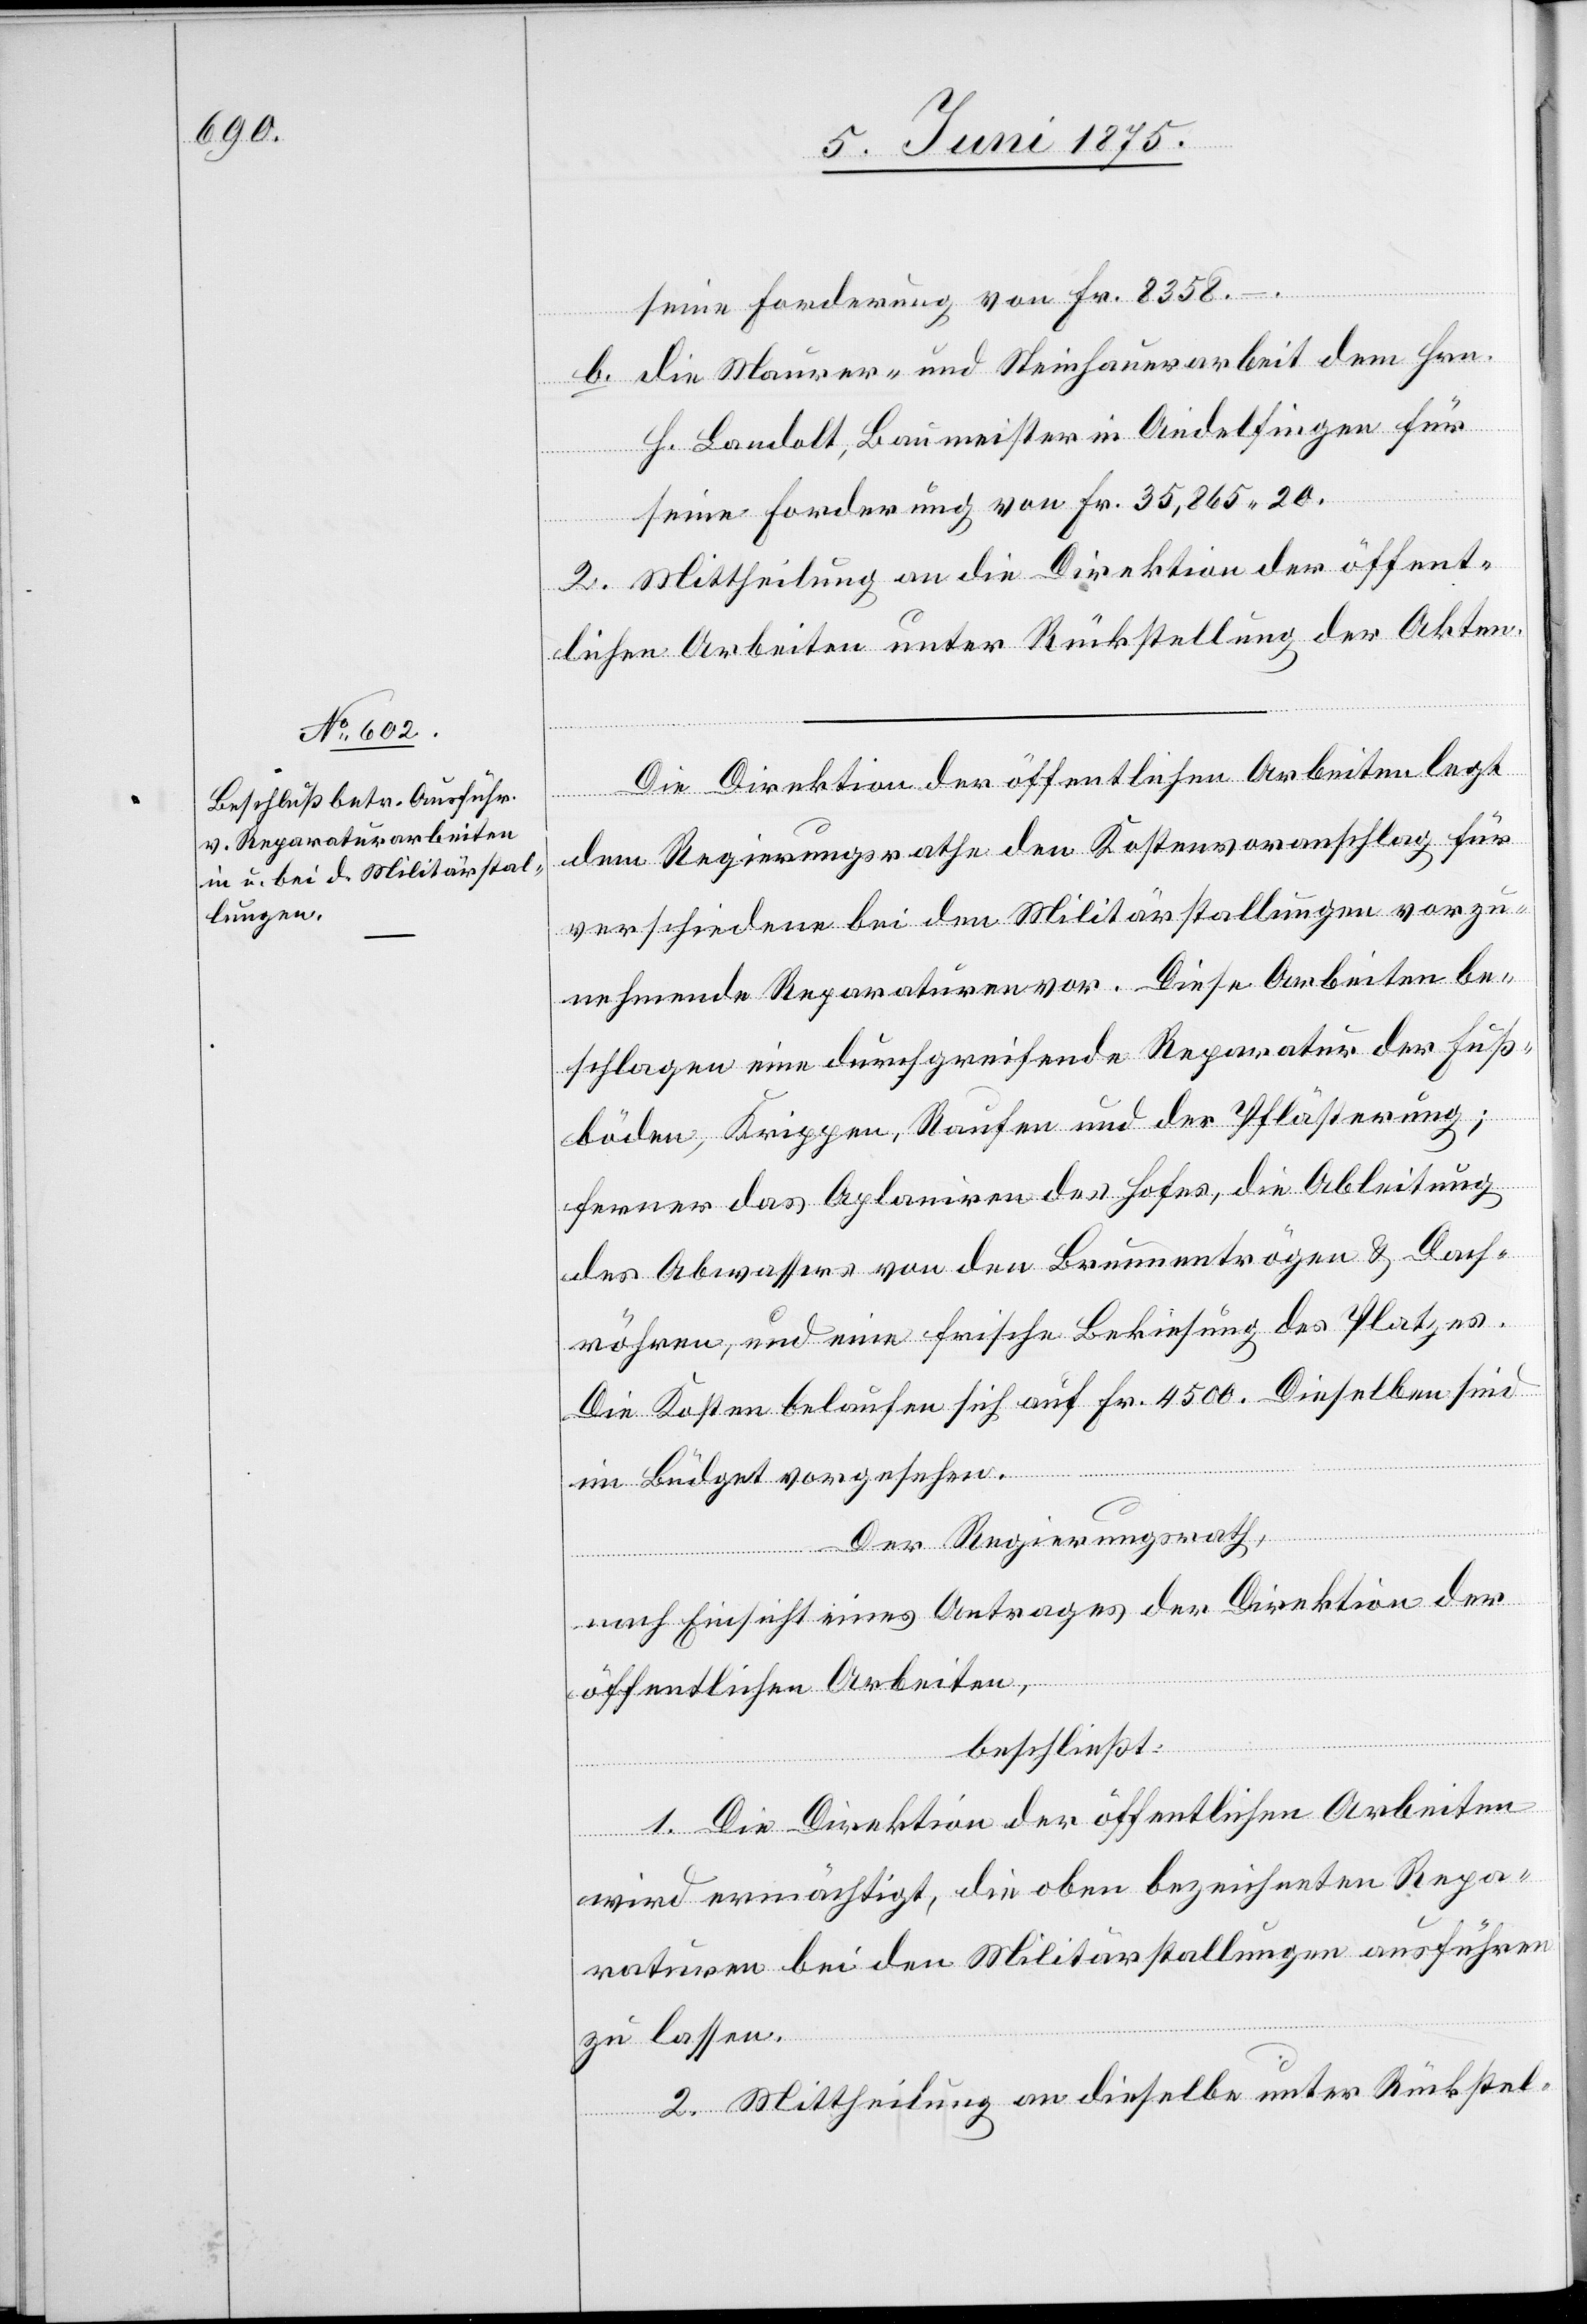
seine Forderung von Fr. 8358 –.
b. die Maurer- und Steinhauerarbeit dem Hrn.
H. Landolt, Baumeister in Andelfingen für
seine Forderung von Fr. 35,865 20.
2. Mittheilung an die Direktion der öffent¬
lichen Arbeiten unter Rückstellung der Akten.
Die Direktion der öffentlichen Arbeiten legt
dem Regierungsrathe den Kostenvoranschlag für
verschiedene bei den Militärstallungen vorzu¬
nehmende Reparaturen vor. Diese Arbeiten be¬
schlagen eine durchgreifende Reparatur der Fuß¬
böden, Krippen, Rauhen und der Pflästerung;
ferner das Aplaniren des Hofes, die Ableitung
des Abwassers von den Brunnentrögen & Dach¬
röhren, und eine frische Bekiesung des Platzes.
Die Kosten belaufen sich auf Fr. 4500. Dieselben sind
im Büdget vorgesehen.
Der Regierungsrath,
nach Einsicht eines Antrages der Direktion der
öffentlichen Arbeiten,
beschließt:
1. Die Direktion der öffentlichen Arbeiten
wird ermächtigt, die oben bezeichneten Repa¬
raturen bei den Militärstallungen ausführen
zu lassen.
2. Mittheilung an dieselbe unter Rückstel-